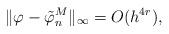
LaTeX: \begin{align*} \| \varphi - \tilde{\varphi}_n^M \|_\infty= O (h^{4 r}),\end{align*}